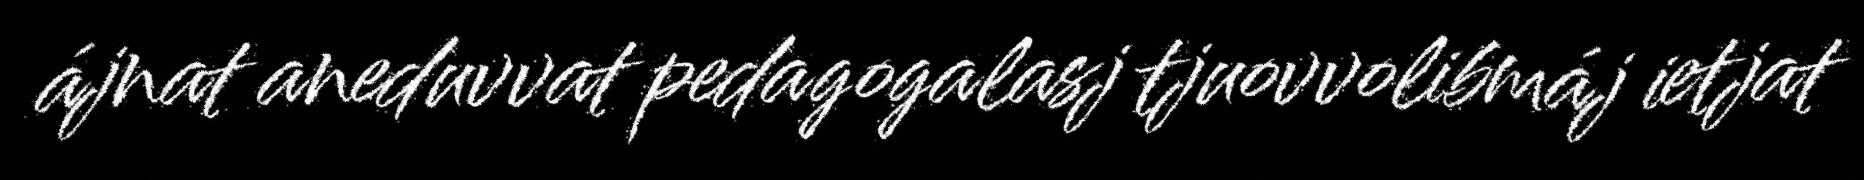
ájnat aneduvvat pedagogalasj tjuovvolibmáj ietjat